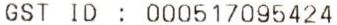
GST ID : 000517095424